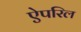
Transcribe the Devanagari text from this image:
ऐपरिल